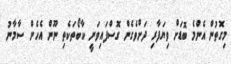
މިގޮތުން އެންމެ ބޮޑަށް ވިޔަފާރި ދަށްވެގެން ގޮސްފައިވަނީ ކާބޯތަކެތި ނޫން އެހެން ސާމާނު